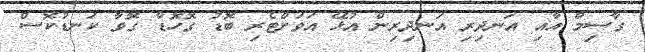
ގާސިމް އާއި އަނދިިރި އަނދިރިން އުޅޭ އަވަށްޓެރި ބޮޑު ގޮހޮޑާ ގޮވާ ކަނޑުކޮސް